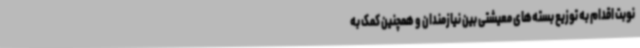
نوبت اقدام به توزیع بسته‌های معیشتی بین نیازمندان و همچنین کمک به